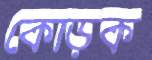
কোড়ক